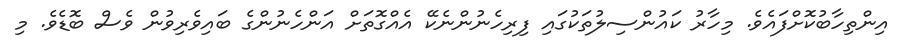
އިންތިހާބުކޮށްފައެވެ. މިހާރު ކައުންސިލުތަކުގައި ފިރިހެނުންނެކޭ އެއްގޮތަށް އަންހެނުންގެ ބައިވެރިވުން ވެސް ބޮޑެވެ. މި